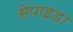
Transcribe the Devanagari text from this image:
सेपाइडा